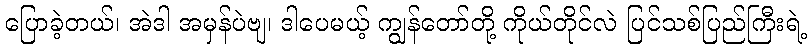
ပြောခဲ့တယ်၊ အဲဒါ အမှန်ပဲဗျ၊ ဒါပေမယ့် ကျွန်တော်တို့ ကိုယ်တိုင်လဲ ပြင်သစ်ပြည်ကြီးရဲ့